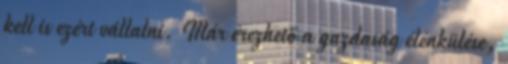
kell is ezért vállalni. Már érezhető a gazdaság élénkülése,